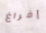
إفراغ